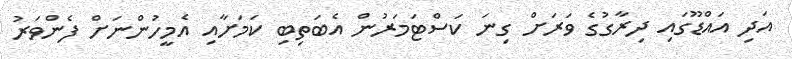
އަދި އައްޑޫގައި ދިރާގުގެ ވަރަށް ގިނަ ކަސްޓަމަރުން އެބަތިބި ކަމަށާއި އެމީހުންނަށް ފެންވަރު